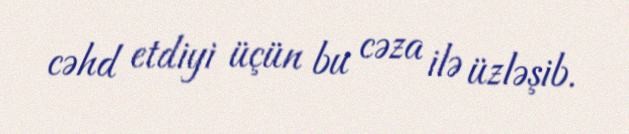
cəhd etdiyi üçün bu cəza ilə üzləşib.